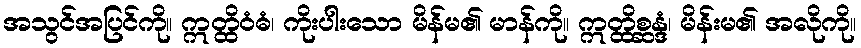
အသွင်အပြင်ကို။ ဣတ္ထိဝံဓံ၊ ကိုးပါးသော မိန်မ၏ မာန်ကို။ ဣတ္ထိစ္ဆန္ဒံ၊ မိန်းမ၏ အလိုကို။